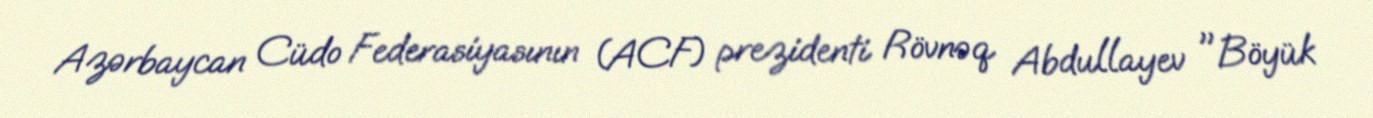
Azərbaycan Cüdo Federasiyasının (ACF) prezidenti Rövnəq Abdullayev "Böyük